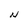
Character: N